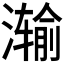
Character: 𮳗